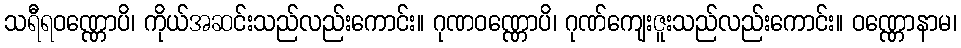
သရီရဝဏ္ဏောပိ၊ ကိုယ်အဆင်းသည်လည်းကောင်း။ ဂုဏဝဏ္ဏောပိ၊ ဂုဏ်ကျေးဇူးသည်လည်းကောင်း။ ဝဏ္ဏောနာမ၊